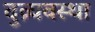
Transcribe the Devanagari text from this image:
दुव्र्यवस्था